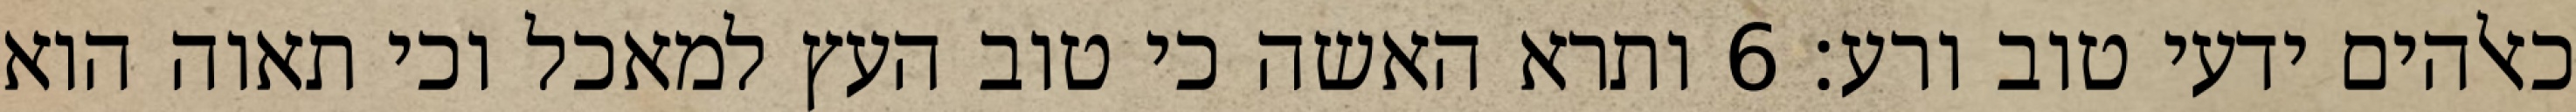
כאלהים ידעי טוב ורע׃ ‎6‏ ותרא האשה כי טוב העץ למאכל וכי תאוה הוא